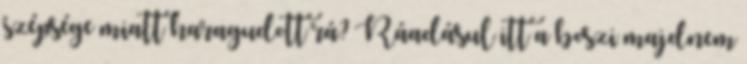
szépsége miatt haragudott rá? Ráadásul itt a boszi majdnem